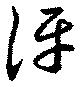
伻